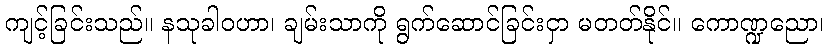
ကျင့်ခြင်းသည်။ နသုခါဝဟာ၊ ချမ်းသာကို ရွက်ဆောင်ခြင်းငှာ မတတ်နိုင်။ ကောဏ္ဍညော၊